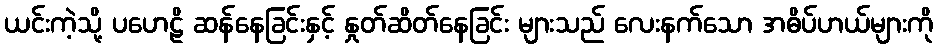
ယင်းကဲ့သို့ ပဟေဠိ ဆန်နေခြင်းနှင့် နှုတ်ဆိတ်နေခြင်း များသည် လေးနက်သော အဓိပ်ပာယ်များကို